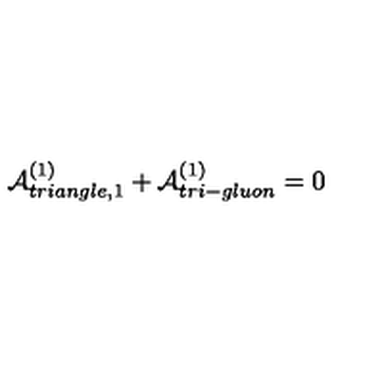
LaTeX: { \cal A } _ { t r i a n g l e , 1 } ^ { ( 1 ) } + { \cal A } _ { t r i - g l u o n } ^ { ( 1 ) } = 0